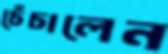
চেঁচালেন